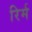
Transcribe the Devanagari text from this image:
रिर्म